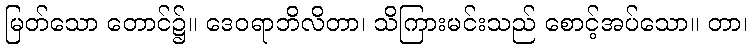
မြတ်သော တောင်၌။ ဒေဝရာဘိလိတာ၊ သိကြားမင်းသည် စောင့်အပ်သော။ တာ၊